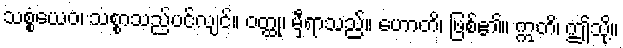
သစ္စံယေဝ၊ သစ္စာသည်ပင်လျင်။ ဝတ္ထု၊ မှီရာသည်။ ဟောတိ၊ ဖြစ်၏။ ဣတိ၊ ဤသို့။